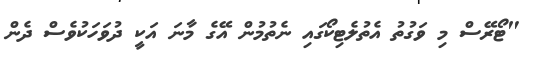
"ޓޯރޭސް މި ވަގުތު އެތުލެޓިކޯގައި ނެތުމުން އޭގެ މާނަ އަކީ ދުވަހަކުވެސް ދެން